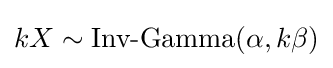
kX\sim {\mbox{Inv-Gamma}}(\alpha ,k\beta )